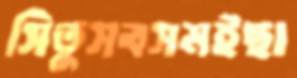
সিতুসবসমইছা